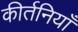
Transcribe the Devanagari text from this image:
कीर्तनियाँ